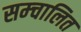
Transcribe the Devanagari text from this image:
सम्चालित